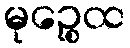
မုဉ္စေထ